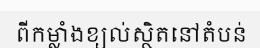
ពីកម្លាំងខ្យល់ស្ថិតនៅតំបន់